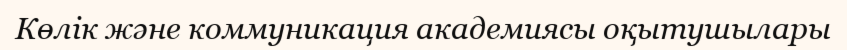
Көлік және коммуникация академиясы оқытушылары